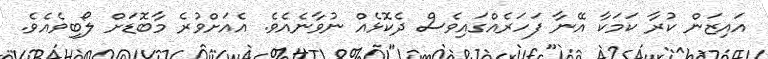
އައިޒަން ކުރާ ކަމަކާ އޭނާ ފަހަރެއްގައިވެސް ދެކޮޅެއް ނުވާނެއެވެ. އެއަށްވުރެ މާބޮޑަށް ލޯބިވެއެވެ.